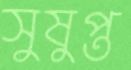
সুষুপ্ত